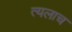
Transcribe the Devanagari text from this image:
त्यलाच